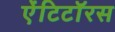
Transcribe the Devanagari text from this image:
ऐंटिटॉरस